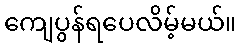
ကျေပွန်ရပေလိမ့်မယ်။